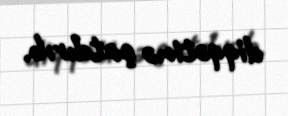
diqqətinə çatdırıb.